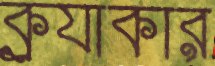
ক্র্যাকার